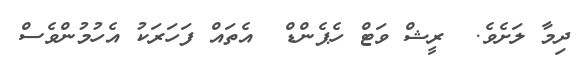
ދިމާ ލަށެވެ.  ރީޝް ވަޓް ހެޕެންޑް  އެތައް ފަހަރަކު އެހުމުންވެސް